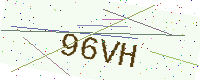
Text: 96VH